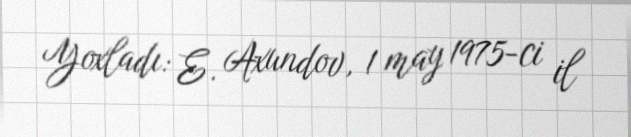
Yoxladı: E. Axundov, 1 may 1975-ci il